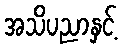
အသိပညာနှင့်